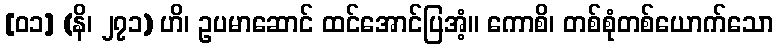
[၀၁] (နိ၊ ၂၇၁) ဟိ၊ ဥပမာဆောင် ထင်အောင်ပြအံ့။ ကောစိ၊ တစ်စုံတစ်ယောက်သော